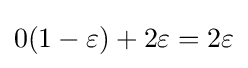
0(1-\varepsilon )+2\varepsilon =2\varepsilon